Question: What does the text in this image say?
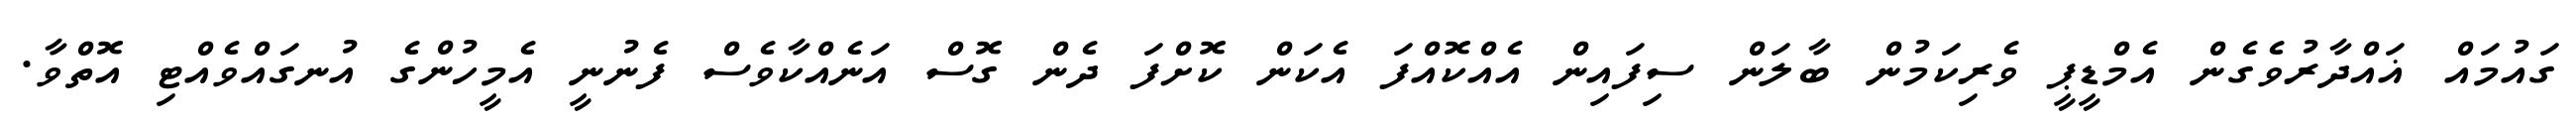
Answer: ގައުމައް ޣައްދާރުވެގެން އެމްޑީޕީ ވެރިކަމުން ބާލަން ސިފައިން އެއްކޮއްފަ އެކަން ކޮށްފަ ދެން ގޮސް އަނެއްކާވެސް ފެނުނީ އެމީހުންގެ އުނގައްވެއްޓި އޮތްވާ.